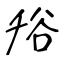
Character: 谸